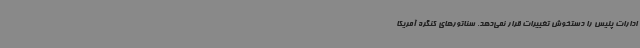
ادارات پلیس را دستخوش تغییرات قرار نمی‌دهد. سناتورهای کنگره آمریکا